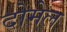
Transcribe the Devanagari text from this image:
दोमेल